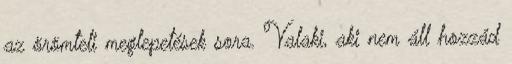
az örömteli meglepetések sora. Valaki, aki nem áll hozzád